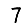
Digit: 7